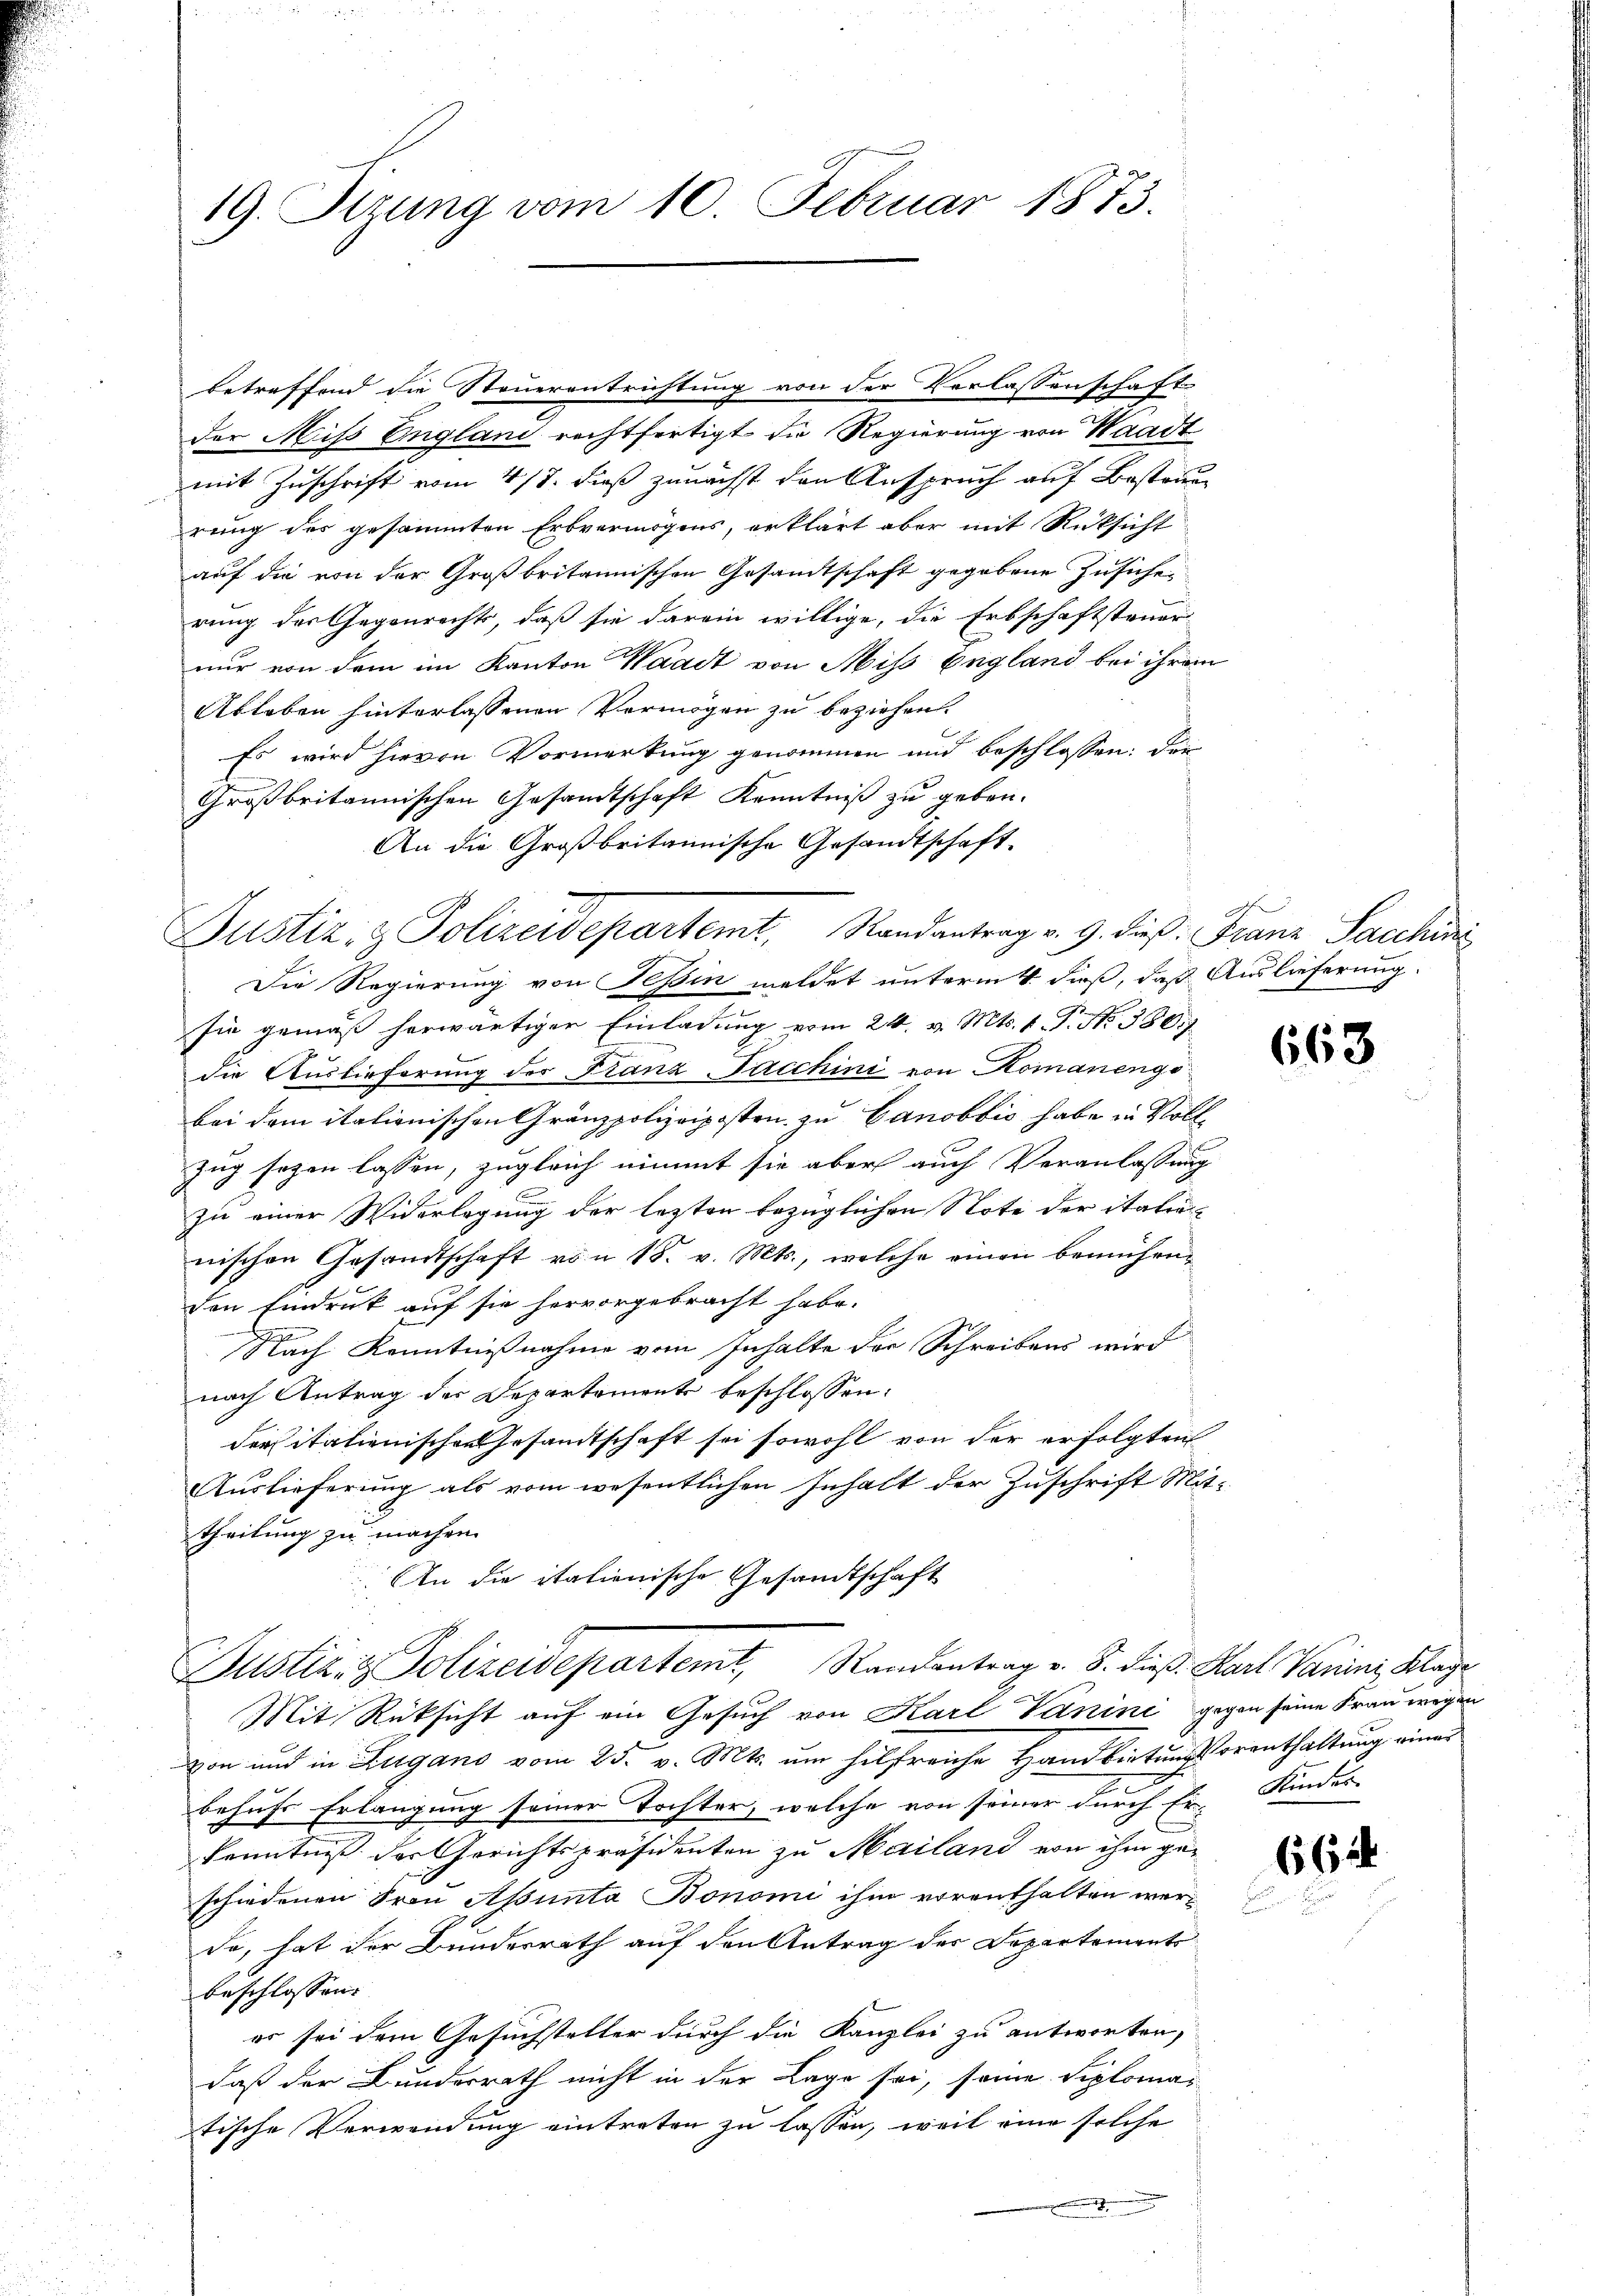
19. Sitzung vom 10. Februar 1873.

Justiz- & Polizeidepartemt, Randantrag v. 9. dieß: Franz Sacchini

betreffend die Steuerentrichtung von der Verlassenschaft
der Miss England rechtfertigt die Regierung von Waadt
mit Zuschrift vom 4/8. dieß zunächst den Anspruch auf Bestand
rung des gesammten Erbvermögens, erklärt aber mit Rücksicht
auf die von der Großbritannischen Gesamtschaft gegebene Zusiche
rung der Gegenrechts, daß sie darein willige, die Erbschaftsteuer
nur von dem im Kanton Waadt von Miss England bei ihrem
Ableben hinterlassenen Vermögen zu beziehen.
Es wird hievon Vormerkung genommen und beschlossen: die
Großbritannischen Gesandtschaft Kenntniß zu geben.
An die Großbritannische Gesandtschaft
Die Regierung von Tessin meldet unterm 4. dieß, daß Auslieferung
sie gemäß herwärtiger Einladung vom 24. v. Mts. 1. P. No. 350.
die Auslieferung des Franz-Pacchini von Komanengs-
bei dem italienischen Gränzpolizeiposten zu Canobbić habe in Voll
Zug sezen lassen, zugleich nimmt sie aber auch Veranlassung
zu einer Widerlegung der lezten bezüglichen Note der italie-
nischen Gesandtschaft von 18. v. Mts., welche einen bemühenden Eindruck auf sie hervorgebracht habe.
Nach Kenntnißnahme vom Inhalte der Schreibens wird
nach Antrag der Departement beschlossen:
der italienischen Gesandtschaft sei sowohl von der erfolgten
Auslieferung als vom wesentlichen Inhalt der Zuschrift Mittheilung zu machen.
An die italionische Gesandtschaft
Justizig Polizeidepartemt, Standentrag v. 8. dieß Karl Varian Klage
Mit Rüksicht auf ein Gesuch von Karl Vanini gegen seine Frau wegen
von und in Zugano vom 25. v. Mts. um hilfreiche Handbirtungsorenthaltung einer
behufs Erlangung seiner Tochter, welche von seiner durch Er
Kenntniß der Gerichtspräsidenten zu Mailand von ihm geschiedenen Frau Apunta Bonomi ihm vorenthalten werda, hat der Bundesrath auf den Antrag des Departements
beschlossen:
er sei dem Gesuchsteller durch die Kanzlei zu antworten,
daß der Bundesrath nicht in der Lage sei, seine Siplomatische Verwendung eintreten zu lassen, weil eine solche

663

Kinder.

662